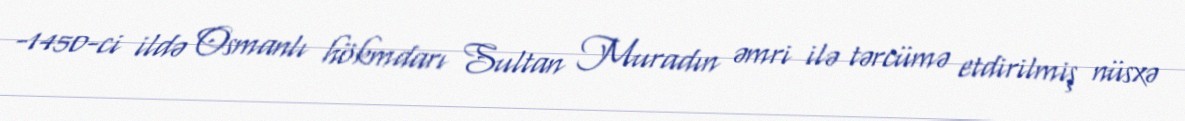
-1450-ci ildə Osmanlı hökmdarı Sultan Muradın əmri ilə tərcümə etdirilmiş nüsxə